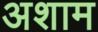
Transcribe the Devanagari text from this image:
अशाम